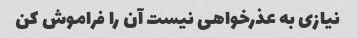
نیازی به عذرخواهی نیست آن را فراموش کن